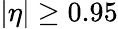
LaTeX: {|\eta|\geq 0.95}